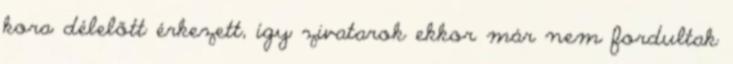
kora délelőtt érkezett, így zivatarok ekkor már nem fordultak